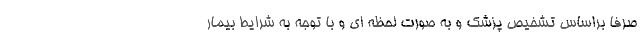
صرفا براساس تشخیص پزشک و به صورت لحظه ای و با توجه به شرایط بیمار